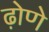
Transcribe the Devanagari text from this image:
ढ़ोणे